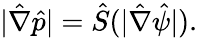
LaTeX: |\hat{\nabla}\hat{p}|=\hat{S}(|\hat{\nabla}\hat{\psi}|).